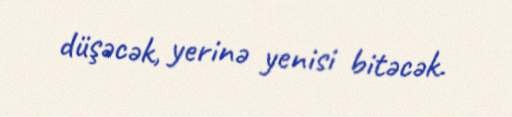
düşəcək, yerinə yenisi bitəcək.